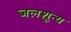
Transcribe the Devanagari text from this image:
जलशून्य